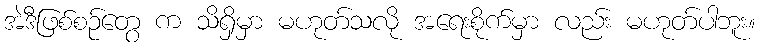
အဲဒီဖြစ်စဉ်တွေ က သိရှိမှာ မဟုတ်သလို အရေးစိုက်မှာ လည်း မဟုတ်ပါဘူး။